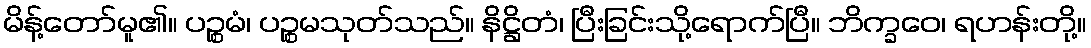
မိန့်တော်မူ၏။ ပဉ္စမံ၊ ပဉ္စမသုတ်သည်။ နိဋ္ဌိတံ၊ ပြီးခြင်းသို့ရောက်ပြီ။ ဘိက္ခဝေ၊ ရဟန်းတို့။